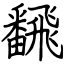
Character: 飜